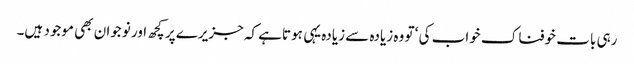
رہی بات خوفناک خواب کی ‘ تو وہ زیادہ سے زیادہ یہی ہوتاہے کہ جزیرے پر کچھ اور نوجوان بھی موجود ہیں۔